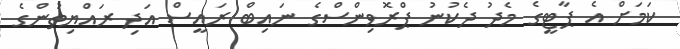
ކަމަށް އެ ޕާޓީގެ މެދު ދެކުނު ޕްރޮވިިންސްގެ ނައިބް ރައީސް އަދި ރައްޔިތުންގެ